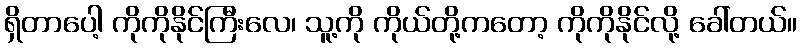
ရှိတာပေါ့ ကိုကိုနိုင်ကြီးလေ၊ သူ့ကို ကိုယ်တို့ကတော့ ကိုကိုနိုင်လို့ ခေါ်တယ်။